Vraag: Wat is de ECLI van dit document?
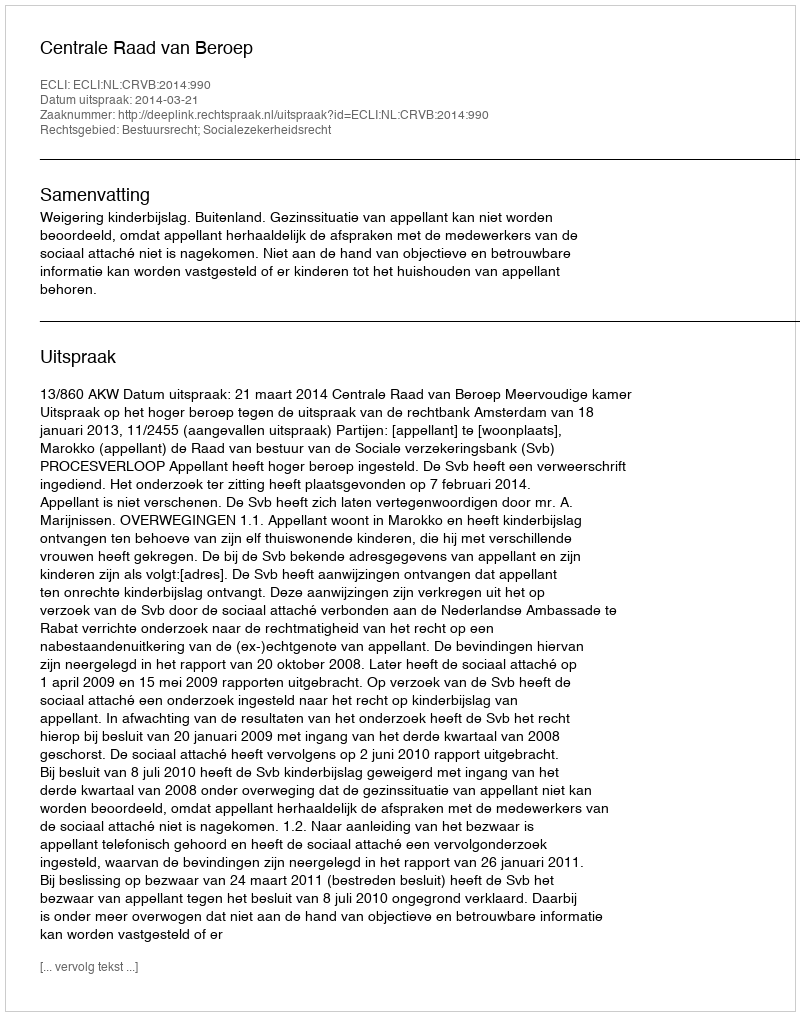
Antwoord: ECLI:NL:CRVB:2014:990